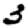
Digit: 3